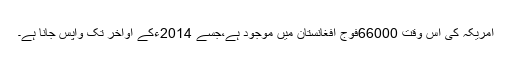
امریکہ کی اس وقت 66000فوج افغانستان میں موجود ہے،جسے 2014ءکے اواخر تک واپس جانا ہے۔